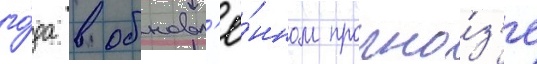
го́да в обновл'ё́нном прогно́з'е